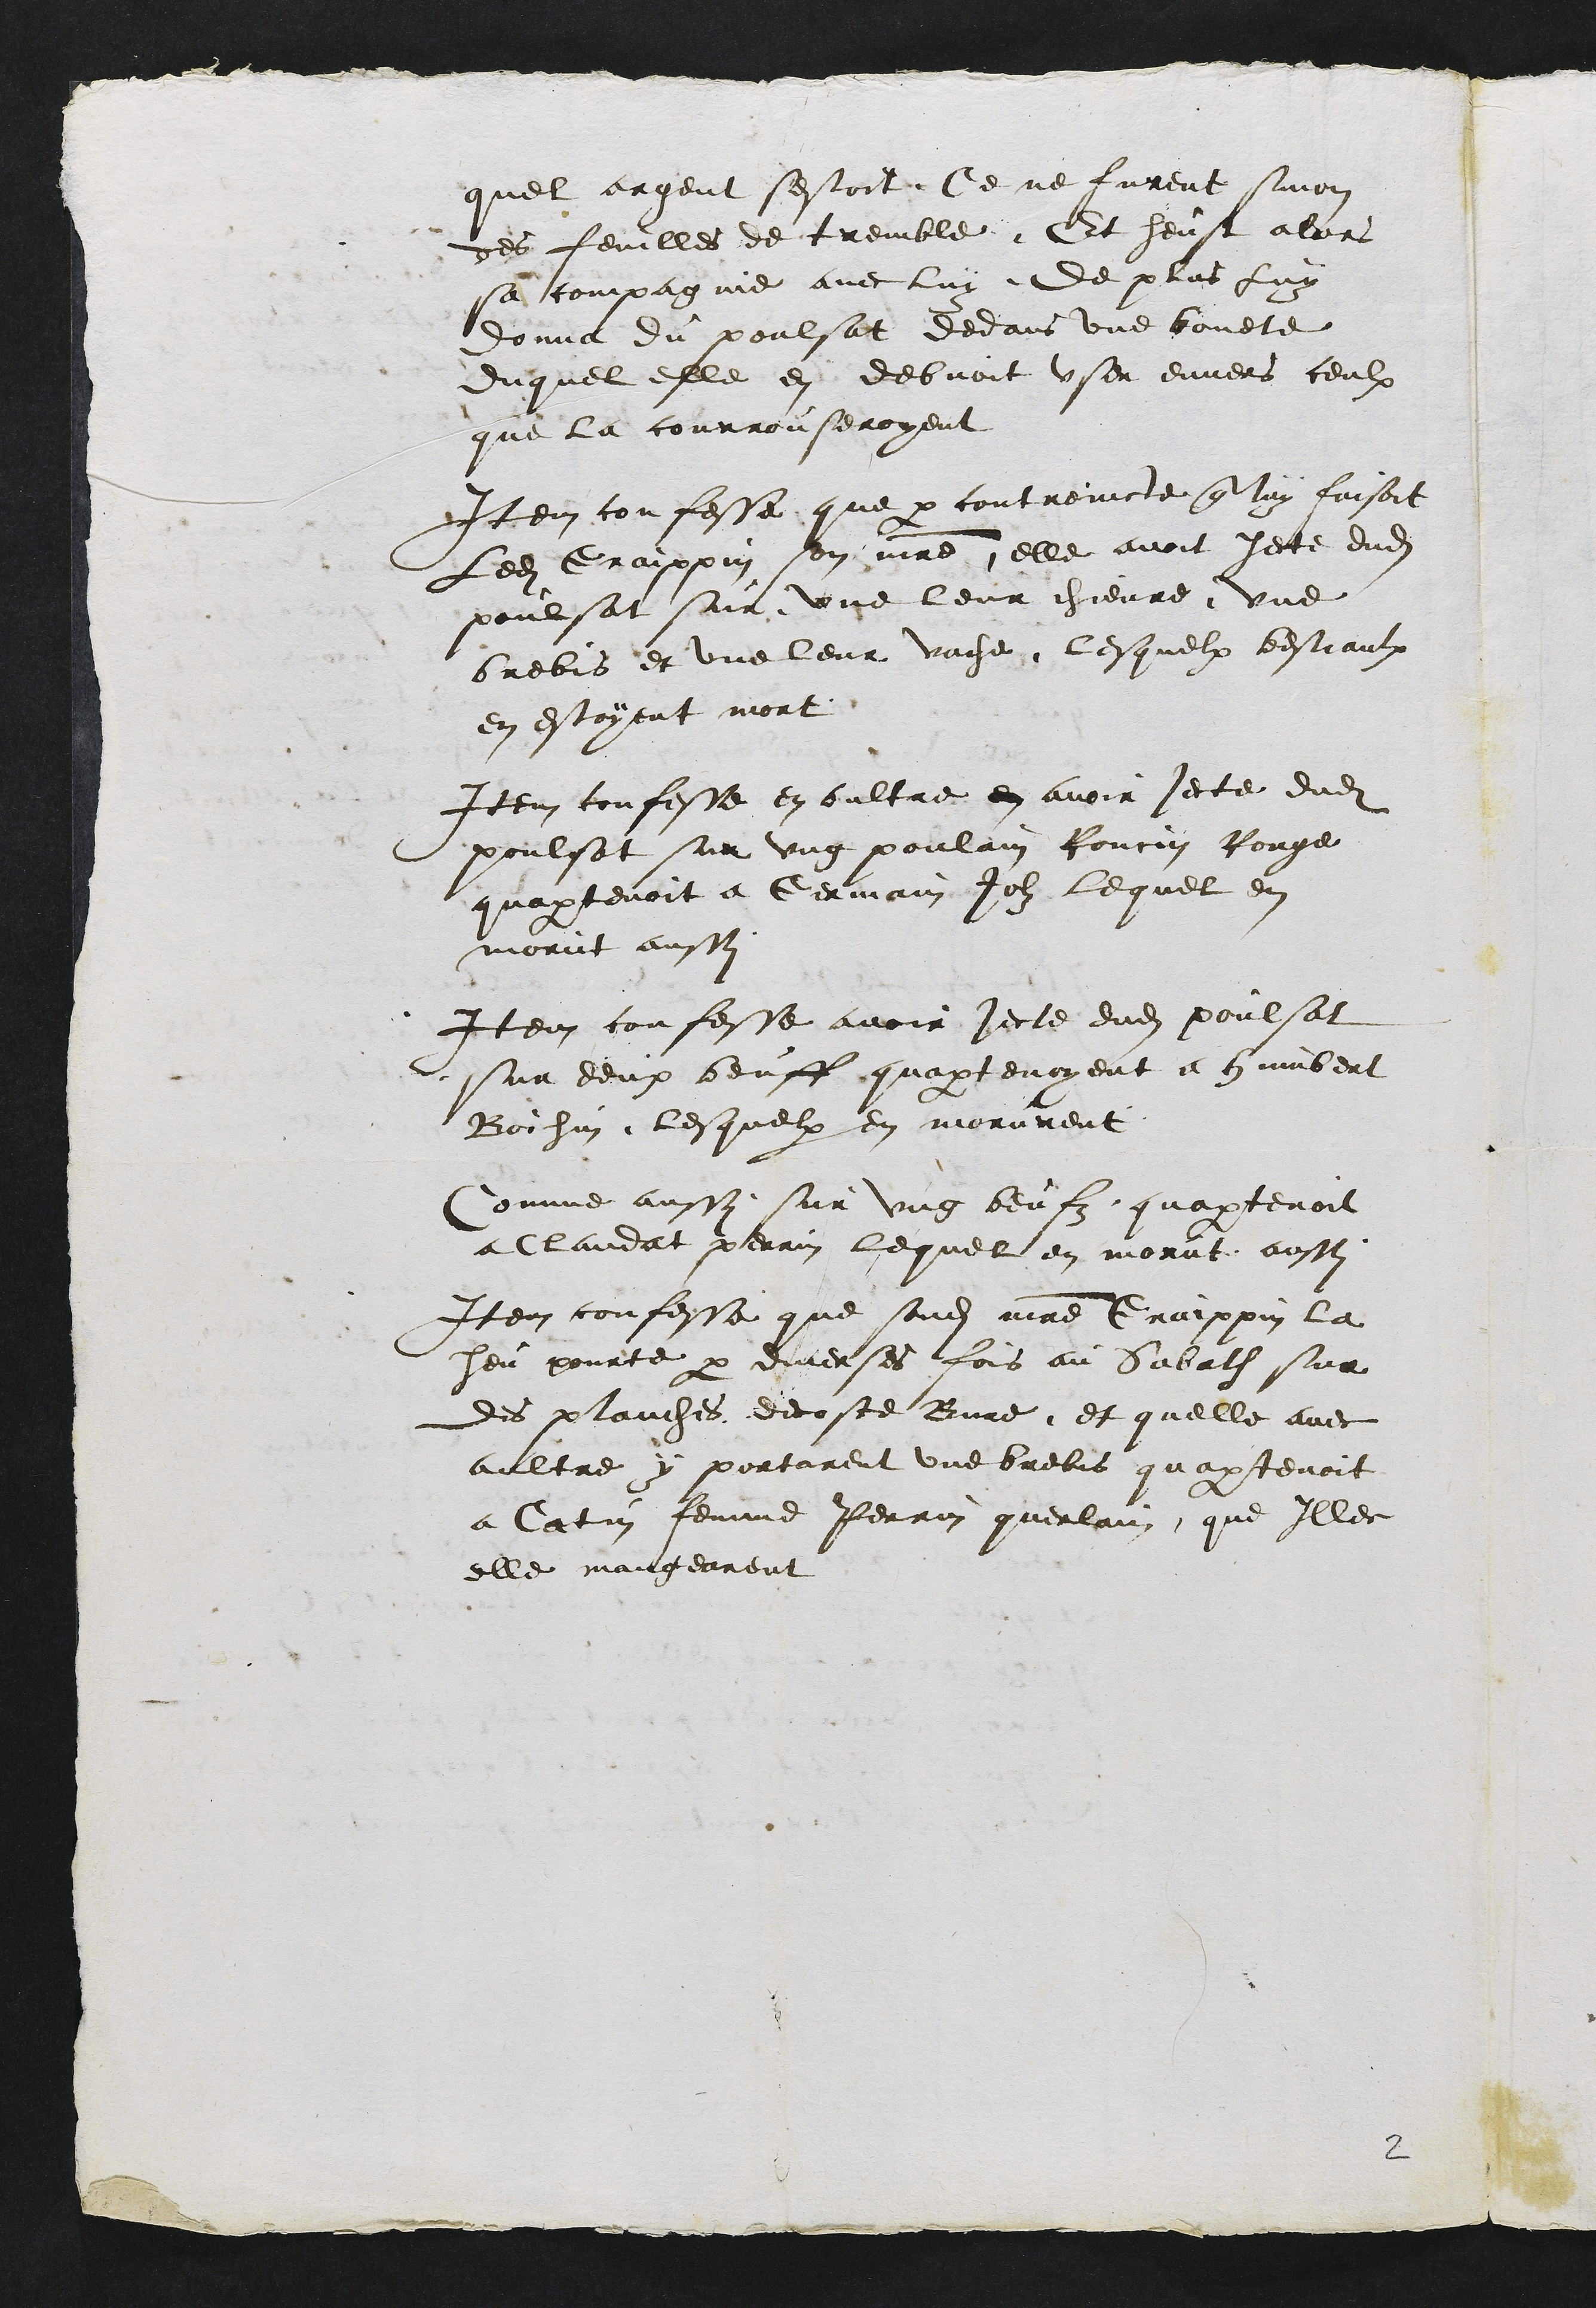
quel argent sestoit ce ne furent sinon
des feuilles de tremble. Et heust alors
sa compagnie avec luy De plus luy
donna du poulsat dedans une bouete
duquel elle en debvoit user envers ceulx
que la courrouseroyent
Item confesse que par controincte que luy faisoit
Ledit Graippin son maitre, elle avoit jecte dudit
poulsat sur une leur chievre une
brebis et une leur vache, lesquelx bestiaulx
en estoyent mort
Item confesse en oultre en avoir jecte dudit
poulsat sur ung poulain Roncin Rouge
quapartenoit a Germain Joly lequel en
morut aussi
Item confesse avoir jecte dudit poulsat
sur deux beuff quapartenoyent a humbert
Boichin, lesquelx en morurent
Comme aussi sur ung beufz quapartenoit
a Claudat perrin lequel en morut aussi
Item confesse que sondit maitre Graippin la
heu pourte par diverses fois au Sabath sur
des planches decoste Bure, et quelle avec
aultre y portarent une brebis quapartenoit
a Catin femme Perrin querlain, que Illec
elle mangearent